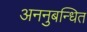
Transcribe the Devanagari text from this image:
अननुबन्धित